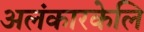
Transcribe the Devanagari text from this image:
अलंकारकेलि